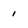
Character: i